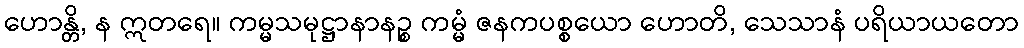
ဟောန္တိ, န ဣတရေ။ ကမ္မသမုဋ္ဌာနာနဉ္စ ကမ္မံ ဇနကပစ္စယော ဟောတိ, သေသာနံ ပရိယာယတော